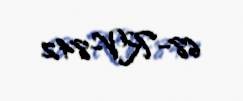
68-RV-842